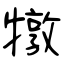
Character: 犜